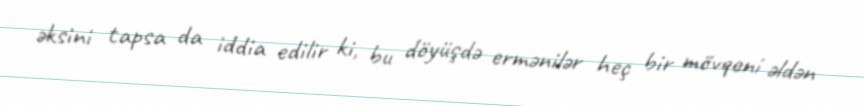
əksini tapsa da iddia edilir ki, bu döyüşdə ermənilər heç bir mövqeni əldən